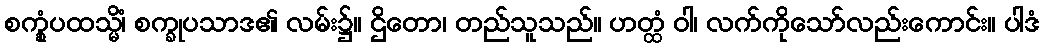
စက္ခုံပထသ္မိံ၊ စက္ခုပသာဒ၏ လမ်း၌။ ဌိတော၊ တည်သူသည်။ ဟတ္ထံ ဝါ၊ လက်ကိုသော်လည်းကောင်း။ ပါဒံ